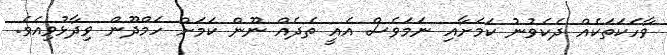
ވާހަކަތަކެއް ދެކެވުނު ކަމަށާއި ނަމަވެސް އެއީ ތެދެއް ނޫން ކަމަށް ހަމްދޫން ވިދާޅުވިއެވެ.